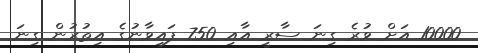
10000 އަށް ވުރެ ގިނަ ސާރީ އާއި 750 ފައިވާނުގެ އިތުރުން ގިނަ